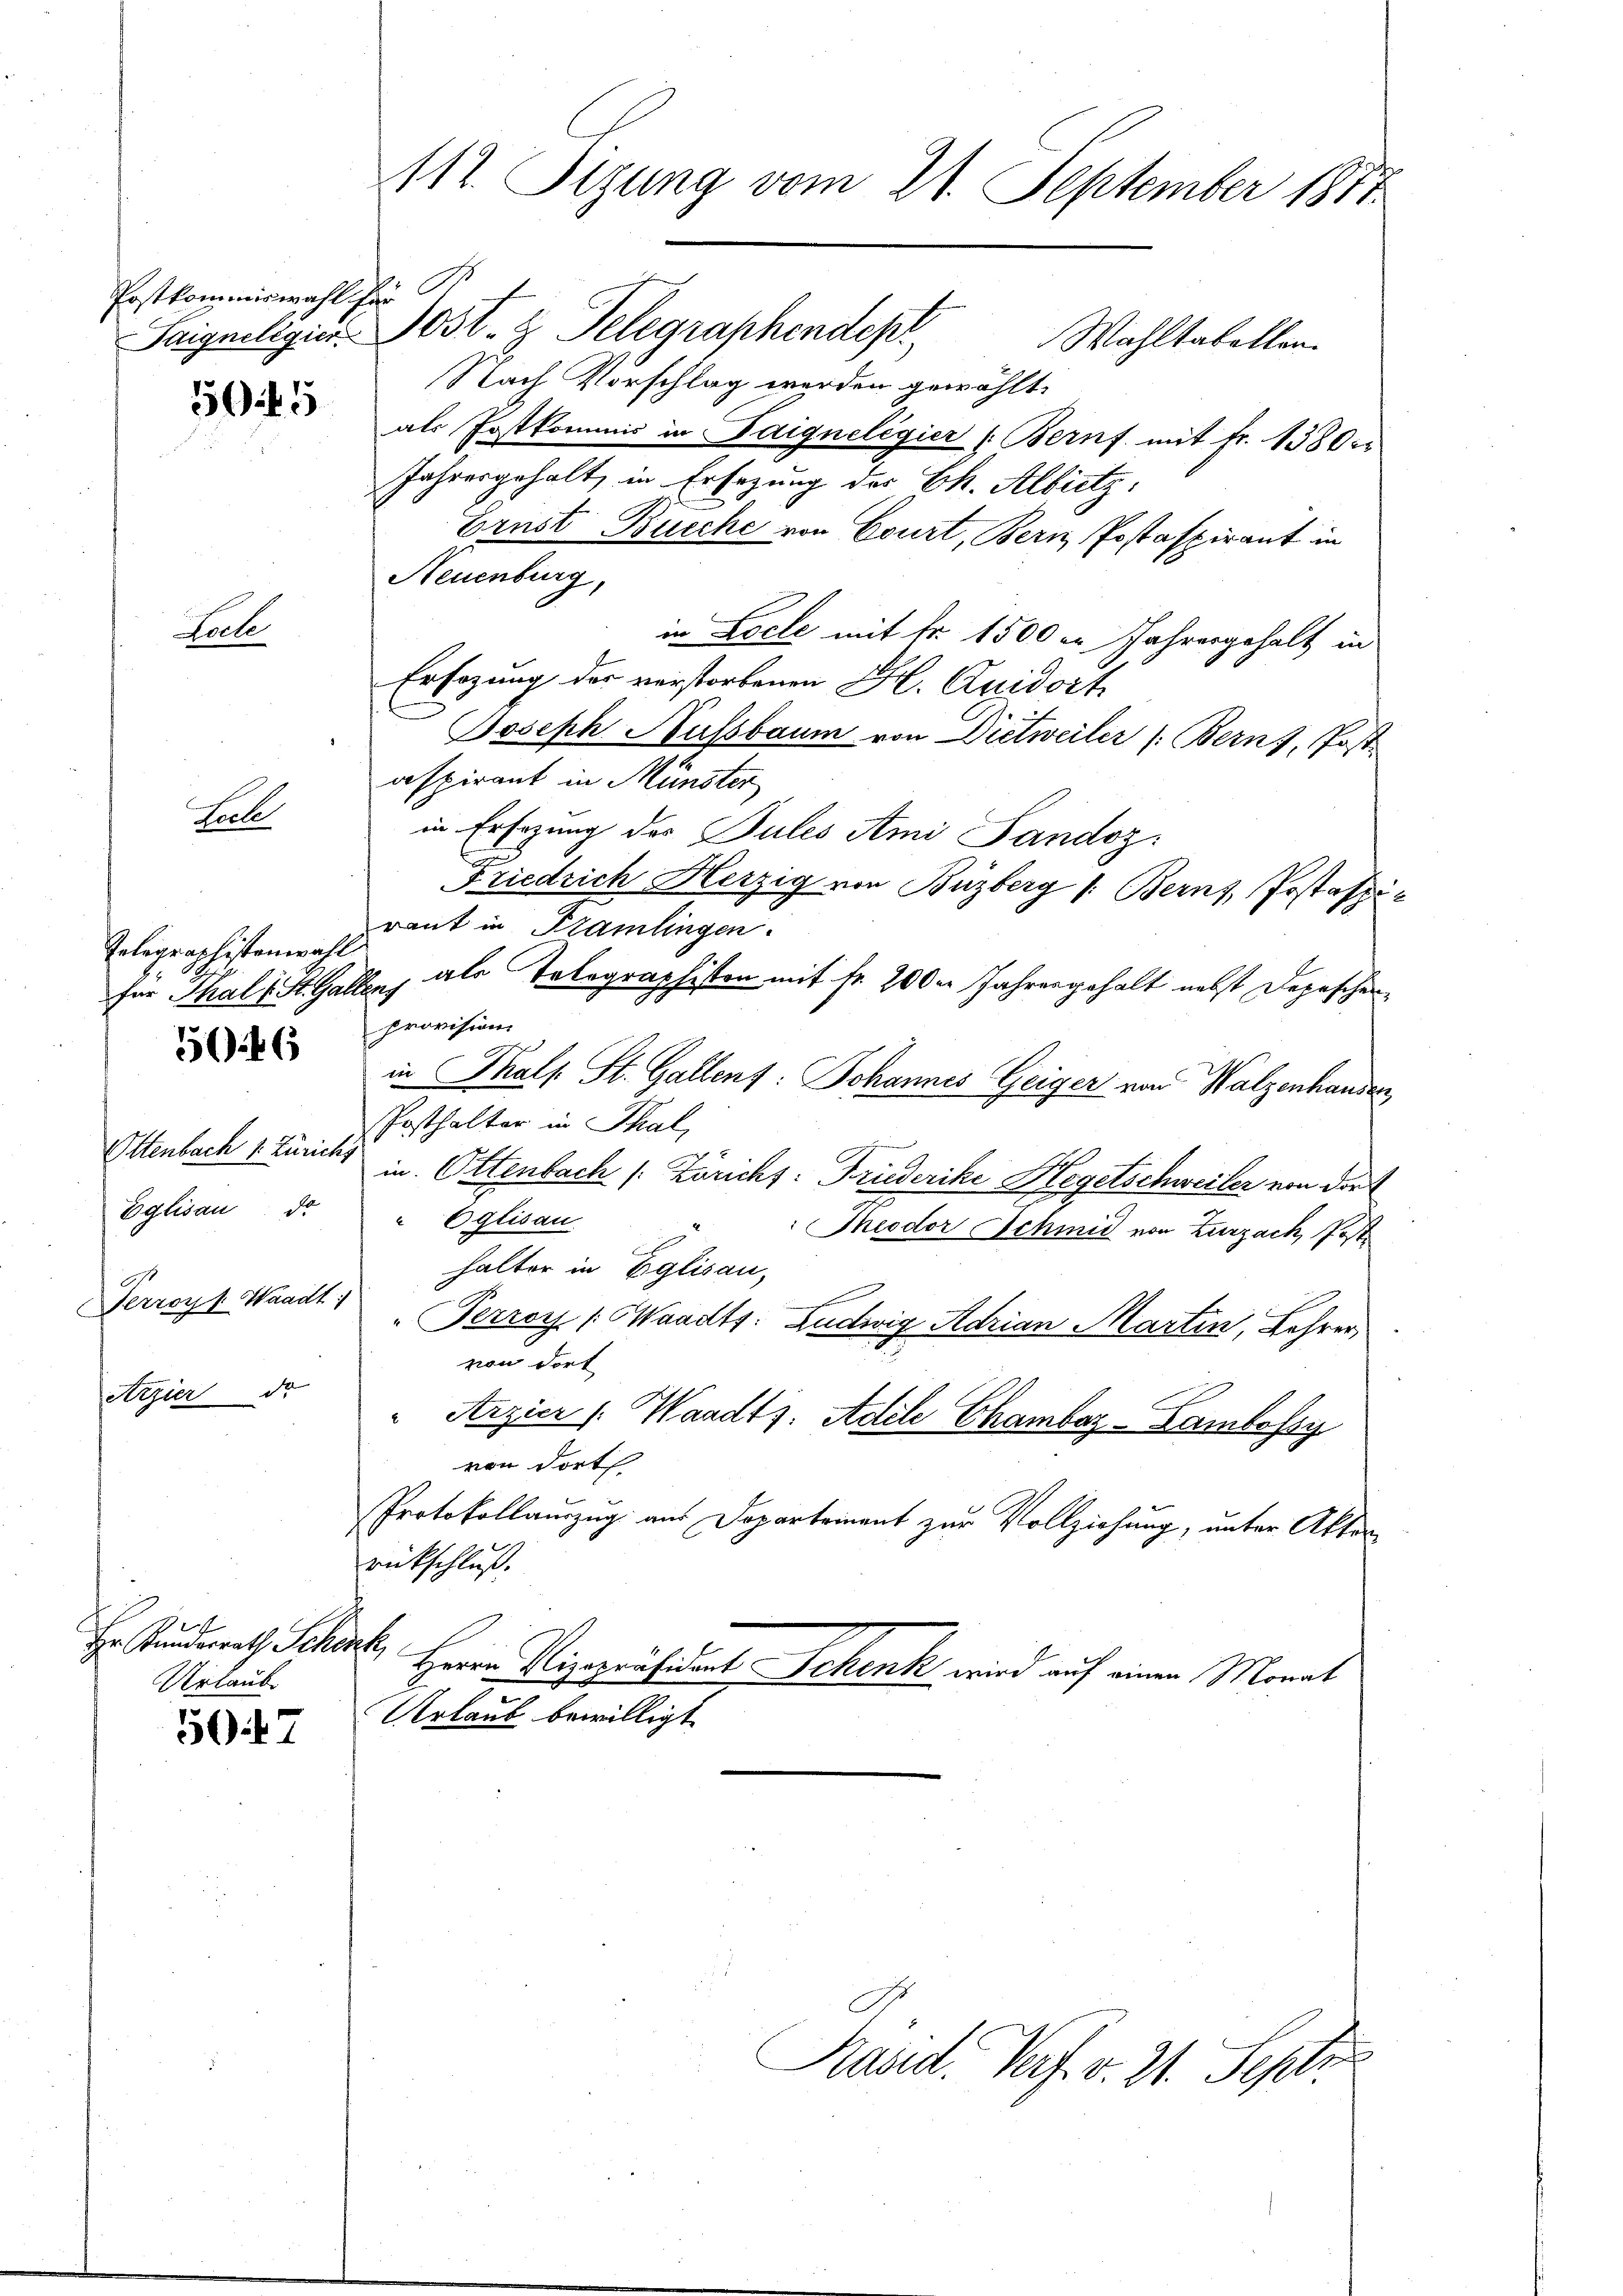
Postkommiswahl für

Telegraphistenwahl
s
für Thal 1 St. Gal

Ottenbach 1. Zürichs
Eglisau de
Perroys Waadt:

50 f 5

Fale

Fall

5046

Arzier de

f
Hr Kundesrath Schenk
Urlaub.

5047

112. Tizung vom 21. September 1871
Saigneligier Post- & Telegraphendepr
Wahltabellen.
Nach Vorschlag werden gewählt.

als Postkommis in Saigneligier (Bernf mit Fr. 1380
Jahresgehalt, in Ersezung des Ch. Albretz:
Erust Buche von Court, Bern Postaspirant in
Neuenburg,
in Loche mit Nr. 1500 er Jahresgehalt in
Er Erzung der verstorbenen Fl. Quidort
Joseph Nussbaum von Dietweiler (: Bern, Post
aspirant in Münster
in Ersezung der Pules Ami Sandoz
F
Friedrich Herzig von Büzberg /: Berns, Postaffi-
raut in Kramlingen.
Tuch als Telegraphisten mit fr. 200 Jahresgehalt nebst Depescher,
provision
in Thals St. Gallent: Johannes Geiger von Walzenhander
Posthalter in Thal,
in Ottenbach /: Zürichs: Friederike Hegetschweiler von der
Eglisau
Theodor Schmid von Zurzach, Posthalter in Eglisau,
"Perroy (Waadts. Ludwig Adrian Martin, Lehrer,
von dort
Arzier /: Waadts. Adele Chamber-Lambossy
von dort
Protokollauszug aus Departement zur Vollziehung, unter Akten
rückschluß.
Herrn Vizepräsident Schenk wird auf einen Monat
Urlaub bewilligt.

Präsid. Verf. v. 21. Septe